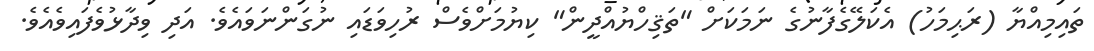
ތައިމިއްޔާ (ރަޙިމަހު) އެކަލޭގެފާނުގެ ނަމަކަށް "ތަޤިހްޔުއްދީން" ކިޔުމަށްވެސް ރުހިވަޑައި ނުގަންނަވައެވެ. އަދި ވިދާޅުވެފައިވެއެވެ.